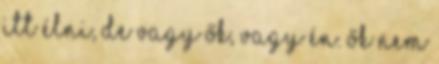
itt élni, de vagy ők, vagy én. Ők nem